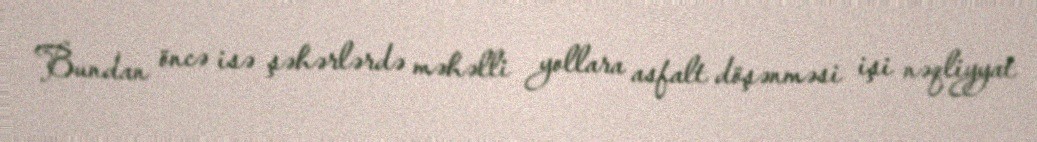
Bundan öncə isə şəhərlərdə məhəlli yollara asfalt döşənməsi işi nəqliyyat